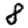
Digit: 8